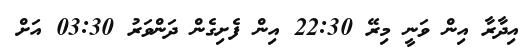
އިދާރާ އިން ވަނީ މިރޭ 22:30 އިން ފެށިގެން ދަންވަރު 03:30 އަށް